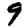
Digit: 9